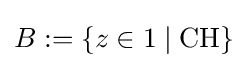
B:=\{z\in 1\mid \mathrm {CH} \}